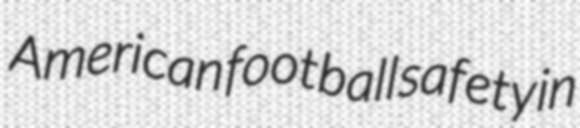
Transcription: American football safety in